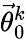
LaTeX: \vec{\theta}_{0}^{k}